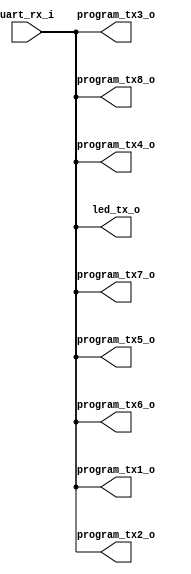
// BASYS3 PROGRAMLAYICI UART
// Programlayici icin tek cikis da verilebilirdi. Ayni anda 8 FPGA'yi programlayabilirsiniz.
// 
// K17 ya da L17 portlarindan cikis alarak islemcinin calistigi FPGA'de program_rx_i portuna baglayin.
// Bu programlayiciyi attiginiz FPGA uzerindeki USB portunu uart_send_data.py dosyasinda belirterek diger ana FPGA'yi programlayin.
`timescale 1ns / 1ps

module prog_uart(
    input uart_rx_i, // USB rx
    output program_tx1_o, // K17 pmod header'dan cikan 1. programlama cikis tx portu
    output program_tx2_o, // L17 pmod header'dan cikan 2. programlama cikis tx portu
    output program_tx3_o, // M18 pmod header'dan cikan 3. programlama cikis tx portu
    output program_tx4_o, // M19 pmod header'dan cikan 4. programlama cikis tx portu
    output program_tx5_o, // N17 pmod header'dan cikan 5. programlama cikis tx portu
    output program_tx6_o, // P17 pmod header'dan cikan 6. programlama cikis tx portu
    output program_tx7_o, // P18 pmod header'dan cikan 7. programlama cikis tx portu
    output program_tx8_o, // R18 pmod header'dan cikan 8. programlama cikis tx portu
    output led_tx_o // tx'e bagli led, programlanirken hizli hizli yanip sonuyor
);
    
    assign program_tx1_o = uart_rx_i;
    assign program_tx2_o = uart_rx_i;
    assign program_tx3_o = uart_rx_i;
    assign program_tx4_o = uart_rx_i;
    assign program_tx5_o = uart_rx_i;
    assign program_tx6_o = uart_rx_i;
    assign program_tx7_o = uart_rx_i;
    assign program_tx8_o = uart_rx_i;
    assign led_tx_o = program_tx1_o;
endmodule